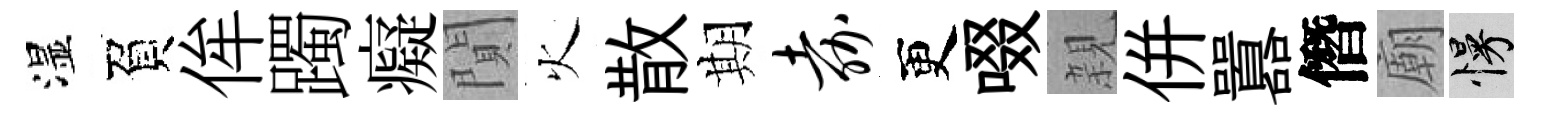
湿負侔躅癡閴火散期嘉更啜親併囂僭廟慢